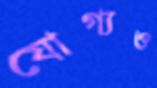
যোগ্যও